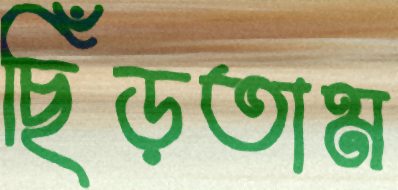
ছিঁড়তাম